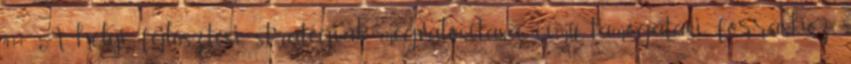
411 A helyi fejlesztési stratégiák megvalósítása című támogatási forráshoz